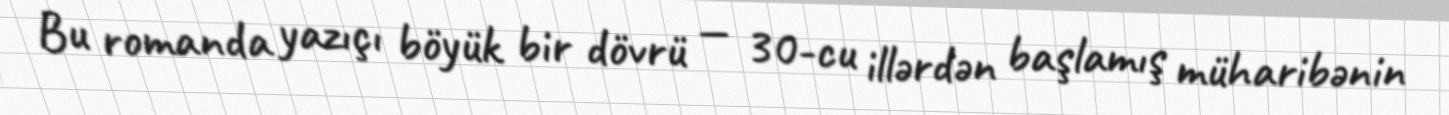
Bu romanda yazıçı böyük bir dövrü — 30-cu illərdən başlamış müharibənin